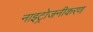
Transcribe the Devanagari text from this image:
नाइट्रोजनीकरण